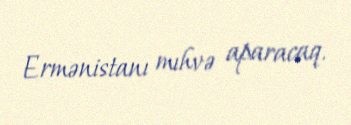
Ermənistanı mıhvə aparacaq.